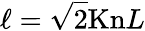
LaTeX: \ell=\sqrt{2}\mathrm{Kn}L